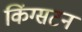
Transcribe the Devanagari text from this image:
किंग्‍सटन